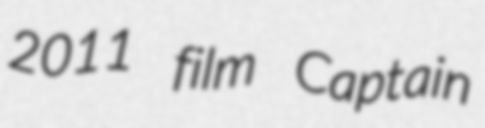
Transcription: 2011 film Captain